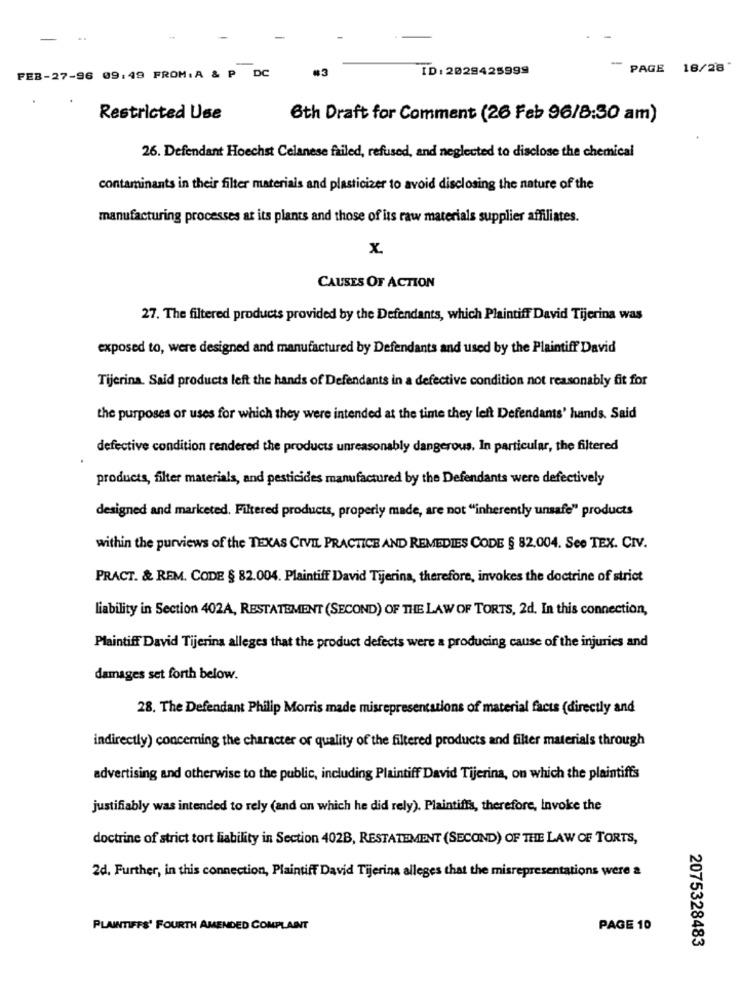
FEB-27-96 09:49 FROM: A & P DC
#3
ID: 2029425999
PAGE
18/28
Restricted Use
6th Draft for Comment (26 Feb 96/8:30 am)
26. Defendant Hoechst Celanese failed, refused, and neglected to disclose the chemical
contaminants in their filter materials and plasticizer to avoid disclosing the nature of the
manufacturing processes at its plants and those of its raw materials supplier affiliates.
x
CAUSES OF ACTION
27. The filtered products provided by the Defendants, which Plaintiff David Tijerina was
exposed to, were designed and manufactured by Defendants and used by the Plaintiff David
Tijerina. Said products left the hands of Defendants in a defective condition not reasonably fit for
the purposes of uses for which they were intended at the time they left Defendants' hands. Said
defective condition rendered the products unreasonably dangerous. In particular, the filtered
products, filter materials, and pesticides manufactured by the Defendants were defectively
designed and marketed. Filtered products, properly made, are not "inherently unsafe" products
within the purviews of the TEXAS CIVIL PRACTICE AND REMEDIES CODE § 82,004. See TEX. CIV.
PRACT. & REM. CODE § 82.004. Plaintiff David Tijerina, therefore, invokes the doctrine of strict
liability in Section 402A, RESTATEMENT (SECOND) OF THE LAW OF TORTS, 2d. In this connection,
Plaintiff David Tijerina alleges that the product defects were a producing cause of the injuries and
damages set forth below.
28. The Defendant Philip Morris made misrepresentations of material facts (directly and
indirectly) concerning the character of quality of the filtered products and filter materials through
advertising and otherwise to the public, including Plaintiff David Tijerina, on which the plaintiffs
justifiably was intended to rely (and on which he did rely). Plaintiffs, therefore, Invoke the
doctrine of strict tort liability in Section 402B, RESTATEMENT (SECOND) OF THE LAW OF TORTS,
2d. Further, in this connection, Plaintiff David Tijerina alleges that the misrepresentations were a
PLAINTIFFS' FOURTH AMENDED COMPLAINT
PAGE 10
2075328483